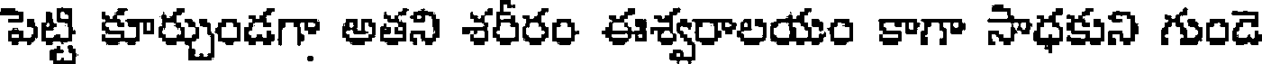
పెట్టి కూర్చుండగా అతని శరీరం ఈశ్వరాలయం కాగా సాధకుని గుండె